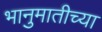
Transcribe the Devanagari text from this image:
भानुमातीच्या